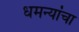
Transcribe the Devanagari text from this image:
धमन्यांचा